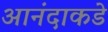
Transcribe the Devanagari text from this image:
आनंदाकडे